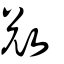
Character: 敓